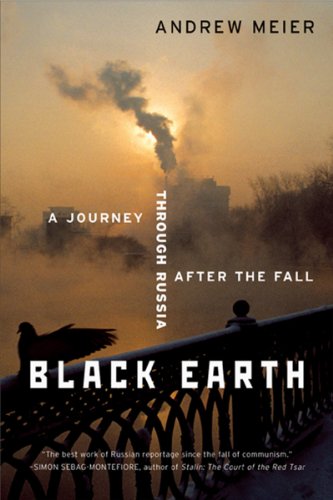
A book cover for Black Earth: A Journey Through Russia After the Fall; Andrew Meier; Travel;